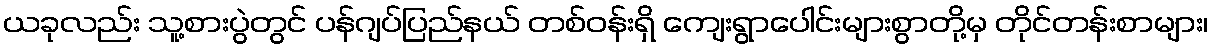
ယခုလည်း သူ့စားပွဲတွင် ပန်ဂျပ်ပြည်နယ် တစ်ဝန်းရှိ ကျေးရွာပေါင်းများစွာတို့မှ တိုင်တန်းစာများ၊